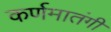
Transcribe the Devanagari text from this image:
कर्णमातंगी